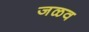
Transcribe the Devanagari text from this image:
जळव